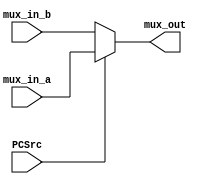
`timescale 1ns / 1ps
//////////////////////////////////////////////////////////////////////////////////
// Company: 
// Engineer: 
// 
// Design Name: 
// Module Name: MUX_3
// Project Name: 
// Target Devices: 
// Tool Versions: 
// Description: 
// 
// Dependencies: 
// 
// Revision:
// Revision 0.01 - File Created
// Additional Comments:
// 
//////////////////////////////////////////////////////////////////////////////////


module MUX_3(PCSrc, mux_in_a, mux_in_b, mux_out);
    input PCSrc;
    input [31:0] mux_in_a, mux_in_b;
    output [31:0] mux_out;
    
    assign mux_out = (PCSrc)? mux_in_a : mux_in_b;
    
endmodule